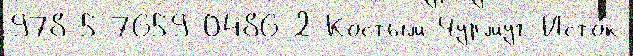
978-5-7659-0486-2 Костым Чурмуг Исто́к